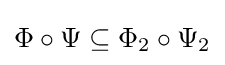
\Phi \circ \Psi \subseteq \Phi _{2}\circ \Psi _{2}